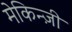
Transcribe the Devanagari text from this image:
मेकिन्ज़ी